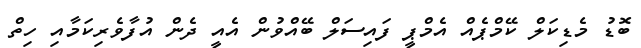
ބޮޑު މެޑިކަލް ކޭމްޕެއް އެމްޕީ ފައިސަލް ބޭއްވުން އެއީ ދެން އުފާވެރިކަމާއި ހިތް